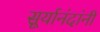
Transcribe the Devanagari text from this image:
सूर्यानंदांनी